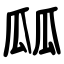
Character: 㼌